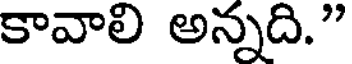
కావాలి అన్నది."